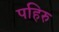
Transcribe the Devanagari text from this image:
पहिरु